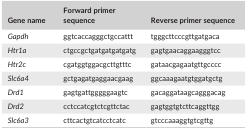
| Gene name | Forward primer sequence | Reverse primer sequence |
 | --- | --- | --- |
 | Gapdh | ggtcaccagggctgccattt | tgggcttcccgttgatgaca |
 | Htr1a | ctgccgctgatgatgatgatg | gagtgaacaggaagggtcc |
 | Htr2c | cgatggtggacgcttgtttc | gataacgagaatgttgcccc |
 | Slc6a4 | gctgagatgaggaacgaag | ggcaaagaatgtggatgctg |
 | Drd1 | gagtgattgggggaagtc | gacaggataagcagggacag |
 | Drd2 | cctccatcgtctcgttctac | gagtggtgtcttcaggttgg |
 | Slc6a3 | cttcactgtcatcctcatc | gtcccaaaggtgtcgttg |